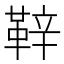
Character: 𮧝